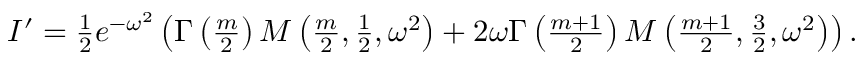
\begin{array} { r } { I ^ { \prime } = \frac { 1 } { 2 } e ^ { - \omega ^ { 2 } } \left( \Gamma \left( \frac { m } { 2 } \right) M \left( \frac { m } { 2 } , \frac { 1 } { 2 } , \omega ^ { 2 } \right) + 2 \omega \Gamma \left( \frac { m + 1 } { 2 } \right) M \left( \frac { m + 1 } { 2 } , \frac { 3 } { 2 } , \omega ^ { 2 } \right) \right) . } \end{array}